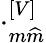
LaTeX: \cdot_{m\widehat{m}}^{\left[V\right]}